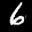
Label: 6